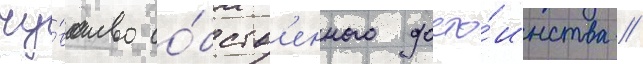
чу́вство со́бств'енного досто́инства //